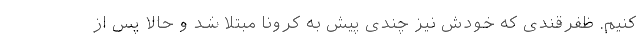
کنیم. ظفرقندی که خودش نیز چندی پیش به کرونا مبتلا شد و حالا پس از